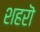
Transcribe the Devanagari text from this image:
शहरॊ